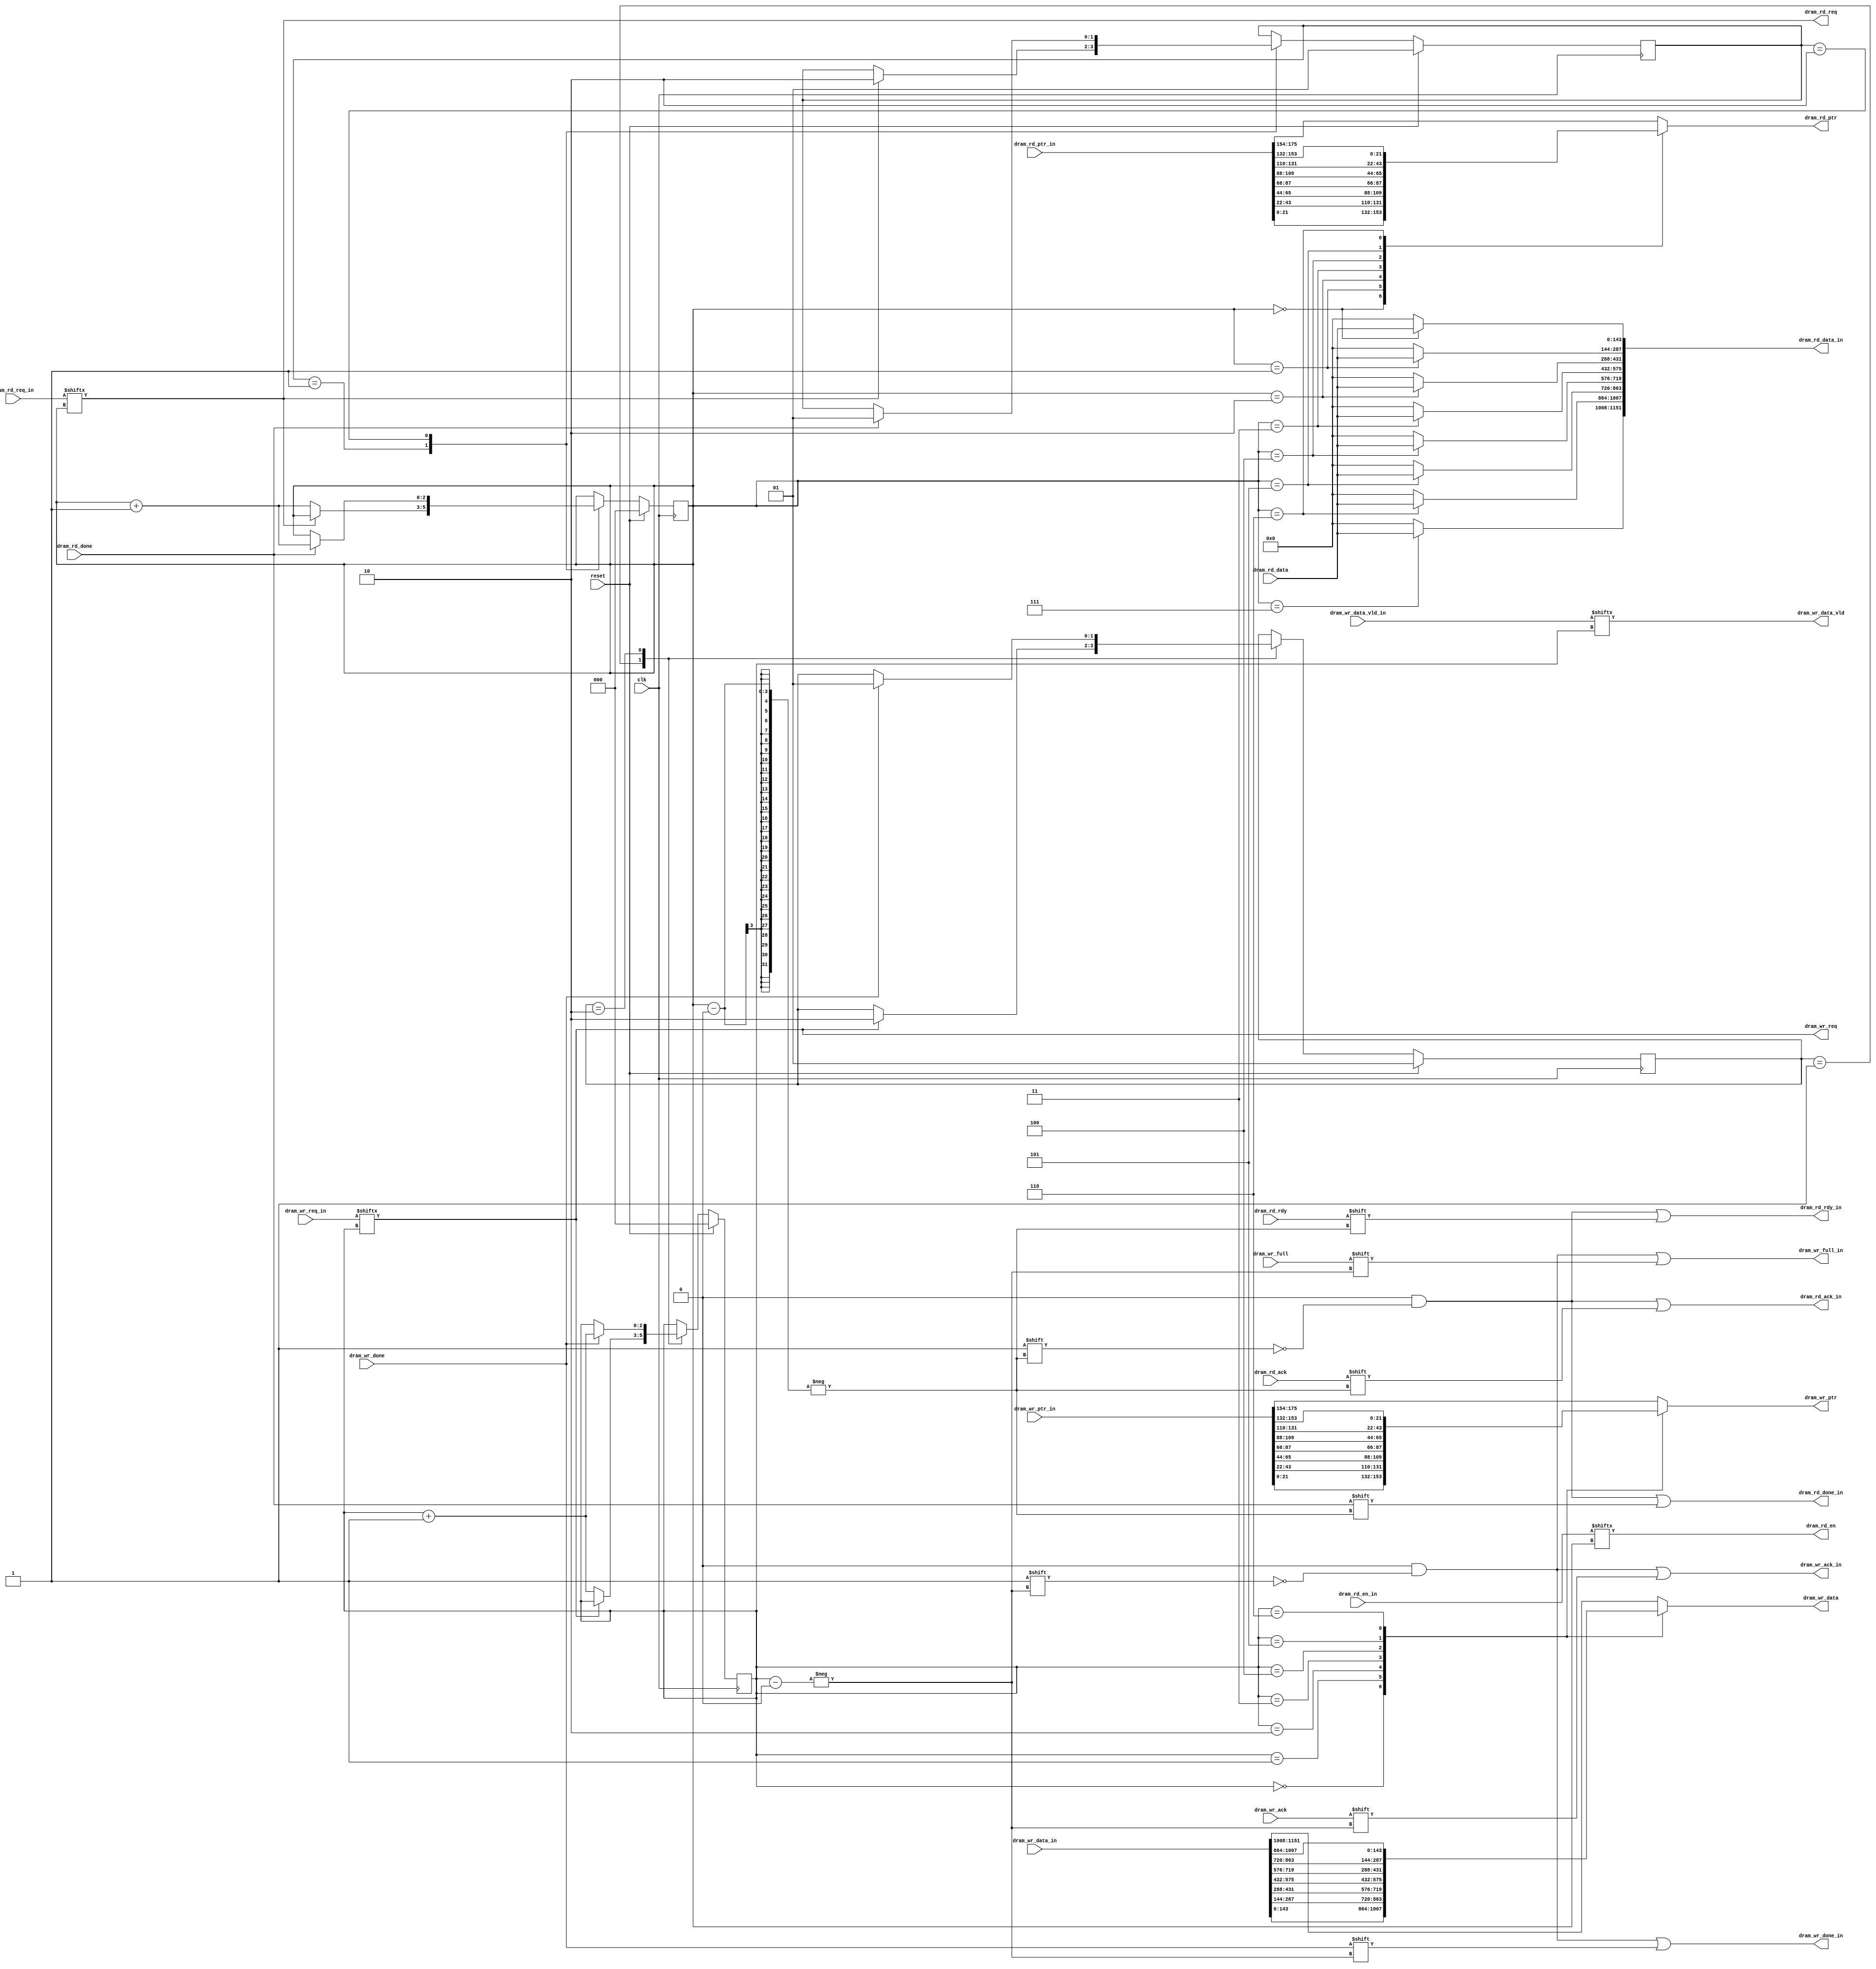
`timescale 1ns/1ps
  module dram_interface_arbiter
    #(parameter DATA_WIDTH = 64,
      parameter CTRL_WIDTH=DATA_WIDTH/8,
      parameter NUM_OUTPUT_QUEUES = 8,
      parameter DRAM_ADDR_WIDTH = 22,
      parameter DRAM_DATA_WIDTH = 2 * (DATA_WIDTH + CTRL_WIDTH),
      parameter DRAM_BLOCK_ADDR_WIDTH = 3,
      parameter DRAM_BLOCK_SIZE	      = 128,
      parameter DRAM_BASE_ADDR	      = 0,
      parameter PKT_LEN_WIDTH = 11,
      parameter PKT_WORDS_WIDTH = PKT_LEN_WIDTH-log2(CTRL_WIDTH),
      parameter OQ_STAGE_NUM = 6,
      parameter NUM_OQ_WIDTH = log2(NUM_OUTPUT_QUEUES))

   (

     // --- Interface to DRAM
     output				dram_wr_req,
     output	[DRAM_ADDR_WIDTH-1:0]	dram_wr_ptr,
     output				dram_wr_data_vld,
     output	[DRAM_DATA_WIDTH-1:0]	dram_wr_data,
     input				dram_wr_ack,
     input				dram_wr_full,
     input				dram_wr_done,

     // --- Interface to DRAM
     output				dram_rd_req,
     output	[DRAM_ADDR_WIDTH-1:0]	dram_rd_ptr,
     output				dram_rd_en,
     input 	[DRAM_DATA_WIDTH-1:0]	dram_rd_data,
     input				dram_rd_ack,
     input				dram_rd_rdy,
     input				dram_rd_done,

     // --- Interface to dram_queue
     input	[NUM_OUTPUT_QUEUES-1:0]	dram_wr_req_in,
     input 	[NUM_OUTPUT_QUEUES * DRAM_ADDR_WIDTH - 1:0]	dram_wr_ptr_in,
     input	[NUM_OUTPUT_QUEUES-1:0] dram_wr_data_vld_in,
     input	[NUM_OUTPUT_QUEUES * DRAM_DATA_WIDTH - 1:0]	dram_wr_data_in,
     output reg	[NUM_OUTPUT_QUEUES-1:0] dram_wr_ack_in,
     output reg	[NUM_OUTPUT_QUEUES-1:0] dram_wr_full_in,
     output reg	[NUM_OUTPUT_QUEUES-1:0] dram_wr_done_in,

     // --- Interface to dram_queue
     input	[NUM_OUTPUT_QUEUES-1:0]	dram_rd_req_in,
     input 	[NUM_OUTPUT_QUEUES * DRAM_ADDR_WIDTH - 1:0]	dram_rd_ptr_in,
     input	[NUM_OUTPUT_QUEUES-1:0] dram_rd_en_in,
     output reg	[NUM_OUTPUT_QUEUES * DRAM_DATA_WIDTH - 1:0]	dram_rd_data_in,
     output reg	[NUM_OUTPUT_QUEUES-1:0] dram_rd_ack_in,
     output reg	[NUM_OUTPUT_QUEUES-1:0] dram_rd_rdy_in,
     output reg	[NUM_OUTPUT_QUEUES-1:0] dram_rd_done_in,

     // --- misc
     input                            clk,
     input                            reset
     );

   function integer log2;
      input integer number;
      begin
         log2=0;
         while(2**log2<number) begin
            log2=log2+1;
         end
      end
   endfunction // log2

   //--------------------- Internal parameters --------------------------

   parameter NUM_STATES                       	    = 2;
   parameter ST_WAIT_REQ	                    = 1;
   parameter ST_WAIT_DONE                           = 2;

   //------------------------ Wires/regs --------------------------------
   reg [NUM_STATES-1:0]  store_state;
   reg [NUM_STATES-1:0]  store_state_next;

   reg [NUM_STATES-1:0]  remove_state;
   reg [NUM_STATES-1:0]  remove_state_next;

   reg [NUM_OQ_WIDTH-1:0]	oq_wr;
   reg [NUM_OQ_WIDTH-1:0]	oq_wr_next;

   reg [NUM_OQ_WIDTH-1:0]	oq_rd;
   reg [NUM_OQ_WIDTH-1:0]	oq_rd_next;

   wire				local_dram_wr_req;
   reg	[DRAM_ADDR_WIDTH-1:0]	local_dram_wr_ptr;
   wire				local_dram_wr_data_vld;
   reg	[DRAM_DATA_WIDTH-1:0]	local_dram_wr_data;

   wire				local_dram_rd_req;
   reg	 [DRAM_ADDR_WIDTH-1:0]	local_dram_rd_ptr;
   wire				local_dram_rd_en;

   //-------------------------- Logic -----------------------------------
   assign local_dram_wr_req = dram_wr_req_in[oq_wr];
   assign local_dram_wr_data_vld = dram_wr_data_vld_in[oq_wr];
   assign local_dram_rd_req = dram_rd_req_in[oq_rd];
   assign local_dram_rd_en = dram_rd_en_in[oq_rd];

   always @(*) begin
      case(oq_wr)
	0: begin
		local_dram_wr_data = dram_wr_data_in[DRAM_DATA_WIDTH*1-1:DRAM_DATA_WIDTH*0];
		local_dram_wr_ptr  = dram_wr_ptr_in[DRAM_ADDR_WIDTH*1-1:DRAM_ADDR_WIDTH*0];
	end
	1: begin
		local_dram_wr_data = dram_wr_data_in[DRAM_DATA_WIDTH*2-1:DRAM_DATA_WIDTH*1];
		local_dram_wr_ptr  = dram_wr_ptr_in[DRAM_ADDR_WIDTH*2-1:DRAM_ADDR_WIDTH*1];
	end
	2: begin
		local_dram_wr_data = dram_wr_data_in[DRAM_DATA_WIDTH*3-1:DRAM_DATA_WIDTH*2];
		local_dram_wr_ptr  = dram_wr_ptr_in[DRAM_ADDR_WIDTH*3-1:DRAM_ADDR_WIDTH*2];
	end
	3: begin
		local_dram_wr_data = dram_wr_data_in[DRAM_DATA_WIDTH*4-1:DRAM_DATA_WIDTH*3];
		local_dram_wr_ptr  = dram_wr_ptr_in[DRAM_ADDR_WIDTH*4-1:DRAM_ADDR_WIDTH*3];
	end
	4: begin
		local_dram_wr_data = dram_wr_data_in[DRAM_DATA_WIDTH*5-1:DRAM_DATA_WIDTH*4];
		local_dram_wr_ptr  = dram_wr_ptr_in[DRAM_ADDR_WIDTH*5-1:DRAM_ADDR_WIDTH*4];
	end
	5: begin
		local_dram_wr_data = dram_wr_data_in[DRAM_DATA_WIDTH*6-1:DRAM_DATA_WIDTH*5];
		local_dram_wr_ptr  = dram_wr_ptr_in[DRAM_ADDR_WIDTH*6-1:DRAM_ADDR_WIDTH*5];
	end
	6: begin
		local_dram_wr_data = dram_wr_data_in[DRAM_DATA_WIDTH*7-1:DRAM_DATA_WIDTH*6];
		local_dram_wr_ptr  = dram_wr_ptr_in[DRAM_ADDR_WIDTH*7-1:DRAM_ADDR_WIDTH*6];
	end
	default: begin
		local_dram_wr_data = dram_wr_data_in[DRAM_DATA_WIDTH*8-1:DRAM_DATA_WIDTH*7];
		local_dram_wr_ptr  = dram_wr_ptr_in[DRAM_ADDR_WIDTH*8-1:DRAM_ADDR_WIDTH*7];
	end
     endcase
   end

   always @(*) begin
      case(oq_rd)
	0: begin
		local_dram_rd_ptr  = dram_rd_ptr_in[DRAM_ADDR_WIDTH*1-1:DRAM_ADDR_WIDTH*0];
	end
	1: begin
		local_dram_rd_ptr  = dram_rd_ptr_in[DRAM_ADDR_WIDTH*2-1:DRAM_ADDR_WIDTH*1];
	end
	2: begin
		local_dram_rd_ptr  = dram_rd_ptr_in[DRAM_ADDR_WIDTH*3-1:DRAM_ADDR_WIDTH*2];
	end
	3: begin
		local_dram_rd_ptr  = dram_rd_ptr_in[DRAM_ADDR_WIDTH*4-1:DRAM_ADDR_WIDTH*3];
	end
	4: begin
		local_dram_rd_ptr  = dram_rd_ptr_in[DRAM_ADDR_WIDTH*5-1:DRAM_ADDR_WIDTH*4];
	end
	5: begin
		local_dram_rd_ptr  = dram_rd_ptr_in[DRAM_ADDR_WIDTH*6-1:DRAM_ADDR_WIDTH*5];
	end
	6: begin
		local_dram_rd_ptr  = dram_rd_ptr_in[DRAM_ADDR_WIDTH*7-1:DRAM_ADDR_WIDTH*6];
	end
	default: begin
		local_dram_rd_ptr  = dram_rd_ptr_in[DRAM_ADDR_WIDTH*8-1:DRAM_ADDR_WIDTH*7];
	end
     endcase
   end

   assign dram_wr_req = local_dram_wr_req;
   assign dram_wr_ptr = local_dram_wr_ptr;
   assign dram_wr_data = local_dram_wr_data;
   assign dram_wr_data_vld = local_dram_wr_data_vld;

   always @(*) begin
      dram_wr_done_in = 0;
      dram_wr_ack_in = 0;
      dram_wr_full_in = 0;

      oq_wr_next = oq_wr;
      store_state_next = store_state;

      case(store_state)
         /* wait until we have a destination port */
         ST_WAIT_REQ: begin
	   if(dram_wr_req == 1) begin
		store_state_next = ST_WAIT_DONE;
           end
	   else oq_wr_next = oq_wr + 1;//should wrap over when oq_wr == 7
         end

        ST_WAIT_DONE: begin
	   if(dram_wr_done == 1) begin
		store_state_next = ST_WAIT_REQ;
		oq_wr_next = oq_wr + 1;
	   end
        end // case: ST_WAIT_DONE

        default: begin end

      endcase // case(store_state)
      dram_wr_done_in[oq_wr] = dram_wr_done;
      dram_wr_ack_in[oq_wr] = dram_wr_ack;
      dram_wr_full_in[oq_wr] = dram_wr_full;
   end // always @ (*)

   assign dram_rd_req = local_dram_rd_req;
   assign dram_rd_ptr = local_dram_rd_ptr;
   assign dram_rd_en = local_dram_rd_en;

   always @(*) begin
      dram_rd_done_in = 0;
      dram_rd_ack_in = 0;
      dram_rd_rdy_in = 0;
      dram_rd_data_in = 0;

      oq_rd_next = oq_rd;
      remove_state_next = remove_state;

      case(remove_state)
         /* wait until we have a destination port */
         ST_WAIT_REQ: begin
	   if(dram_rd_req == 1) begin
	      remove_state_next = ST_WAIT_DONE;
	   end
	   else oq_rd_next = oq_rd + 1;//should wrap over when oq_wr == 7
         end

        ST_WAIT_DONE: begin
	   if(dram_rd_done == 1) begin
		remove_state_next = ST_WAIT_REQ;
		oq_rd_next = oq_rd + 1;
	   end
        end // case: ST_WAIT_DONE

        default: begin end

      endcase // case(store_state)

      dram_rd_done_in[oq_rd] = dram_rd_done;
      dram_rd_ack_in[oq_rd] = dram_rd_ack;
      dram_rd_rdy_in[oq_rd] = dram_rd_rdy;
      if(oq_rd == 0) dram_rd_data_in[DRAM_DATA_WIDTH * 1-1:DRAM_DATA_WIDTH * 0] = dram_rd_data;
      if(oq_rd == 1) dram_rd_data_in[DRAM_DATA_WIDTH * 2-1:DRAM_DATA_WIDTH * 1] = dram_rd_data;
      if(oq_rd == 2) dram_rd_data_in[DRAM_DATA_WIDTH * 3-1:DRAM_DATA_WIDTH * 2] = dram_rd_data;
      if(oq_rd == 3) dram_rd_data_in[DRAM_DATA_WIDTH * 4-1:DRAM_DATA_WIDTH * 3] = dram_rd_data;
      if(oq_rd == 4) dram_rd_data_in[DRAM_DATA_WIDTH * 5-1:DRAM_DATA_WIDTH * 4] = dram_rd_data;
      if(oq_rd == 5) dram_rd_data_in[DRAM_DATA_WIDTH * 6-1:DRAM_DATA_WIDTH * 5] = dram_rd_data;
      if(oq_rd == 6) dram_rd_data_in[DRAM_DATA_WIDTH * 7-1:DRAM_DATA_WIDTH * 6] = dram_rd_data;
      if(oq_rd == 7) dram_rd_data_in[DRAM_DATA_WIDTH * 8-1:DRAM_DATA_WIDTH * 7] = dram_rd_data;

   end // always @ (*)


   always @(posedge clk) begin

      if(reset) begin
         store_state                      <= ST_WAIT_REQ;
         remove_state                      <= ST_WAIT_REQ;
	 oq_rd				  <= 0;
	 oq_wr				  <= 0;
      end
      else begin
         store_state     <= store_state_next;
         remove_state    <= remove_state_next;
         oq_rd           <= oq_rd_next;
         oq_wr           <= oq_wr_next;
      end // else: !if(reset)
   end // always @ (posedge clk)
endmodule